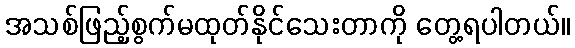
အသစ်ဖြည့်စွက်မထုတ်နိုင်သေးတာကို တွေ့ရပါတယ်။